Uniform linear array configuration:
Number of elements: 12
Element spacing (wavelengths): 0.75
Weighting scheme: exponential
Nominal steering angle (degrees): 15
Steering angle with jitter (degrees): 13.431
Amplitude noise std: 0.05
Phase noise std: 0.05

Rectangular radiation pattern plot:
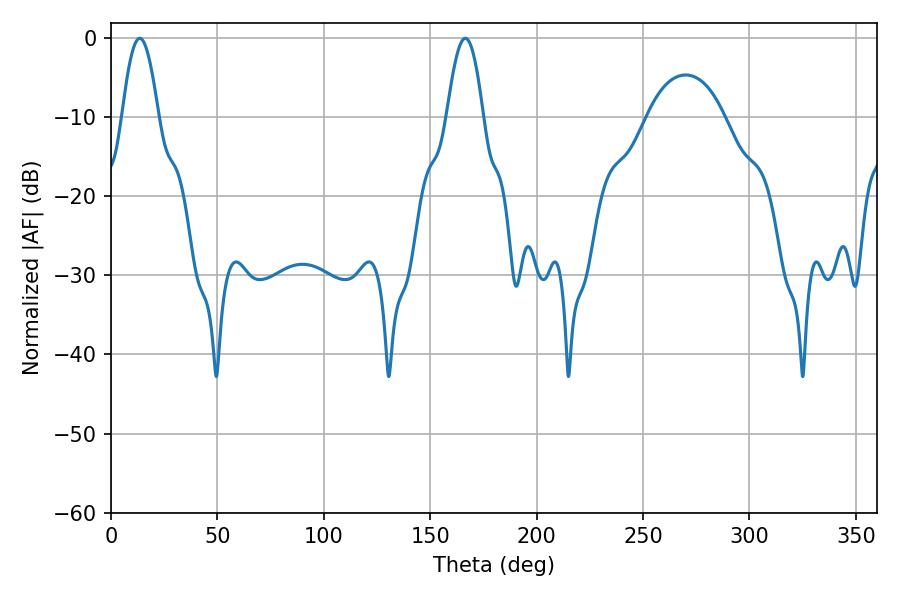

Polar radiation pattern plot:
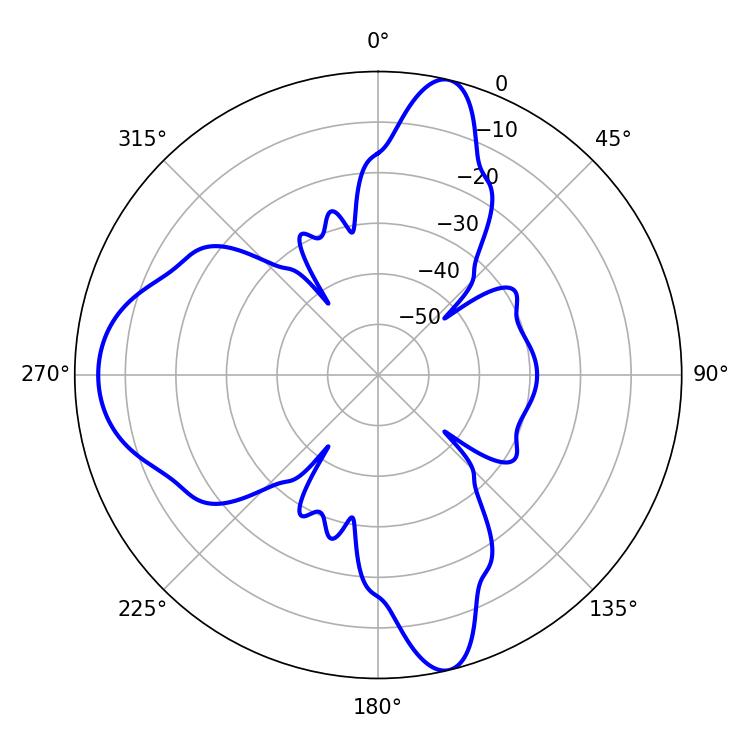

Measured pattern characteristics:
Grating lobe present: TRUE
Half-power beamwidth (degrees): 9.18
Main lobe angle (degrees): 13.5